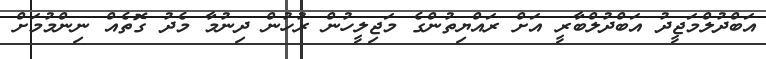
އަބްދުލްމަޖީދު އަބްދުލްބާރީ އަށް ރައްޔިތުންގެ މަޖިލީހުން ރުހުން ދިނުމާ މެދު ގޮތެއް ނިންމުމަށް